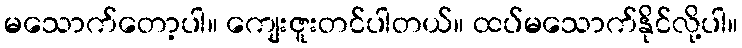
မသောက်တော့ပါ။ ကျေးဇူးတင်ပါတယ်။ ထပ်မသောက်နိုင်လို့ပါ။